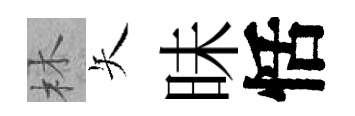
林矢昧恬